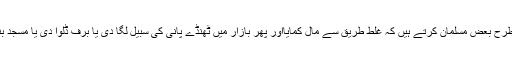
اس کا مطلب یہ نہیں ہے کہ جس طرح بعض مسلمان کرتے ہیں کہ غلط طریق سے مال کمایااور پھر بازار میں ٹھنڈے پانی کی سبیل لگا دی یا برف ڈلوا دی یا مسجد بنوا دی یا اس کا کچھ حصہ بنوا دیا۔